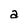
Character: a